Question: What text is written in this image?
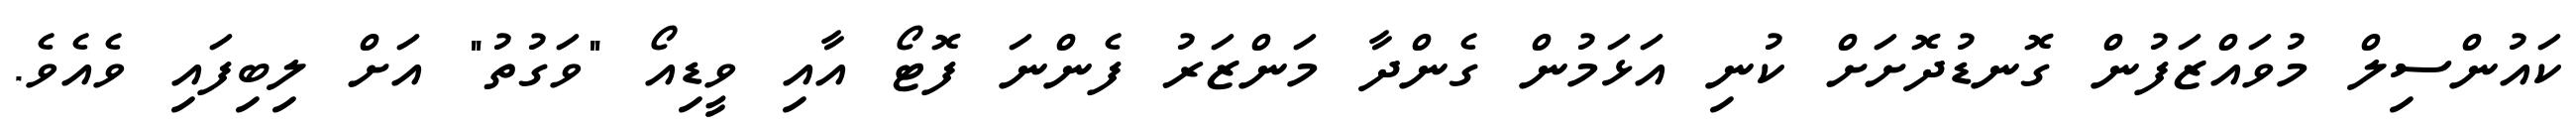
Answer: ކައުންސިލް މުވައްޒަފުން ގޮނޑުދޮށަށް ކުނި އަޅަމުން ގެންދާ މަންޒަރު ފެންނަ ފޮޓޯ އާއި ވީޑިއޯ "ވަގުތު" އަށް ލިބިފައި ވެއެވެ.